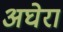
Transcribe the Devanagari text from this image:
अघेरा